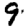
Digit: 9